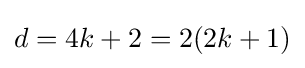
d=4k+2=2(2k+1)